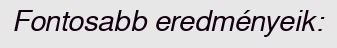
Fontosabb eredményeik: